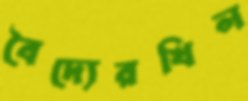
বৈদ্যেরখিল